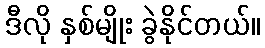
ဒီလို နှစ်မျိုး ခွဲနိုင်တယ်။